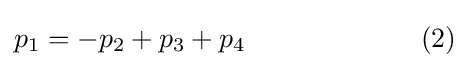
p_{1}=-p_{2}+p_{3}+p_{4}\quad \quad \quad \quad \quad \quad \,\,(2)